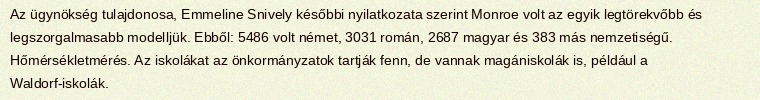
Az ügynökség tulajdonosa, Emmeline Snively későbbi nyilatkozata szerint Monroe volt az egyik legtörekvőbb és legszorgalmasabb modelljük. Ebből: 5486 volt német, 3031 román, 2687 magyar és 383 más nemzetiségű. Hőmérsékletmérés. Az iskolákat az önkormányzatok tartják fenn, de vannak magániskolák is, például a Waldorf-iskolák.